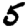
Digit: 5